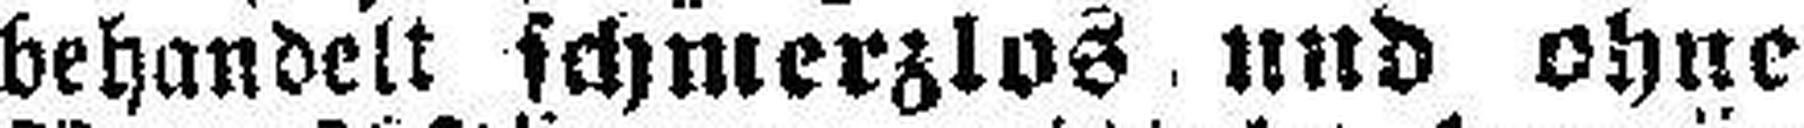
behandelt schmerzlos und ohne